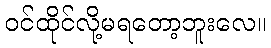
ဝင်ထိုင်လို့မရတော့ဘူးလေ။